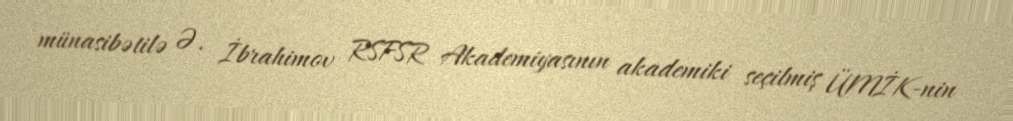
münasibətilə Ə. İbrahimov RSFSR Akademiyasının akademiki seçilmiş ÜMİK-nin